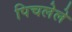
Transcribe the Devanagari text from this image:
पिचलेले